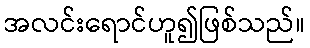
အလင်းရောင်ဟူ၍ဖြစ်သည်။